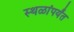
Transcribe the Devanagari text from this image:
स्थळांपर्यंत